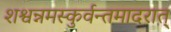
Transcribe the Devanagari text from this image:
शश्वन्नमस्कुर्वन्तमादरात्